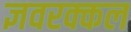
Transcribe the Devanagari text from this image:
ज्ञवरक्कल